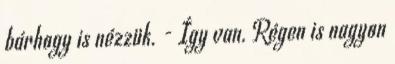
bárhogy is nézzük. - Így van. Régen is nagyon